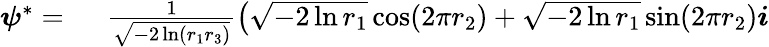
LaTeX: \begin{array}{rl}{\boldsymbol{\psi}^{*}=\ }&{{}\frac{1}{\sqrt{-2\ln(r_{1}r_{3})}}\left(\sqrt{-2\ln r_{1}}\cos(2\pi r_{2})+\sqrt{-2\ln r_{1}}\sin(2\pi r_{2})\boldsymbol{i}\right.}\end{array}